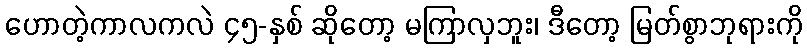
ဟောတဲ့ကာလကလဲ ၄၅-နှစ် ဆိုတော့ မကြာလှဘူး၊ ဒီတော့ မြတ်စွာဘုရားကို